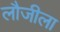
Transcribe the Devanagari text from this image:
लौजीला